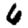
Digit: 6